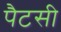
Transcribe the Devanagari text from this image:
पैटसी